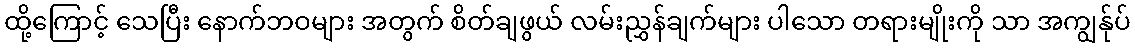
ထို့ကြောင့် သေပြီး နောက်ဘဝများ အတွက် စိတ်ချဖွယ် လမ်းညွှန်ချက်များ ပါသော တရားမျိုးကို သာ အကျွန်ုပ်